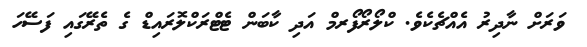
ވަރަށް ނާދިރު އެއްޗެކެވެ. ކްލޯރޯފޯރމް އަދި ކާބަން ޓެޓްރަކްލޮރައިޑް ގެ ތެރޭގައި ފަސޭހަ